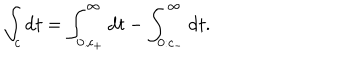
\int _ { c } \mathrm { d } t = \int _ { 0 : c _ { + } } ^ { \infty } \mathrm { d } t - \int _ { 0 : c _ { - } } ^ { \infty } \mathrm { d } t .